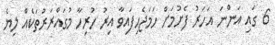
6 ގައި އަންނަ އަހަރު ފެށުމަށް ހަމަޖެހިފައިވާ އިރު ހުރިހާ މުގައްރަރުތަކެއް ލިޔެ